Medical and sanitary report on the native army of Bombay for the year
Year: 1877
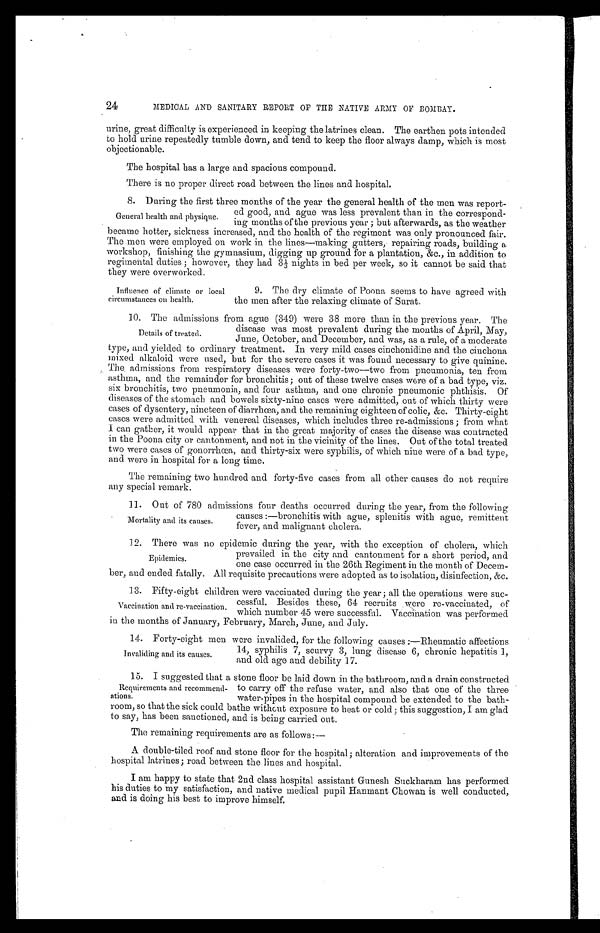
24
MEDICAL AND SANITARY REPORT OF THE NATIVE ARMY OF BOMBAY.
urine, great difficulty is experienced in keeping the latrines clean. The earthen pots intended
to hold urine repeatedly tumble down, and tend to keep the floor always damp, which is most
objectionable.
The hospital has a large and spacious compound.
There is no proper direct road between the lines and hospital.
8. During the first three months of the year the general health of the men was report
-ed good, and ague was less prevalent than in the correspond
-ing months of the previous year ; but afterwards, as the weather
became hotter, sickness increased, and the health of the regiment was only pronounced fair.
The men were employed on work in the lines—making gutters, repairing roads, building a
workshop, finishing the gymnasium, digging up ground for a plantation, &c., in addition to
regimental duties ; however, they had 31/3 nights in bed per week, so it cannot be said that
they were overworked.
General health and physique.
Influence of climate or local
circumstances on health.
9. The dry climate of Poona seems to have agreed with
the men after the relaxing climate of Surat.
10. The admissions from ague (349) were 38 more than in the previous year. The
disease was most prevalent during the months of April, May,
June, October, and December, and was, as a rule, of a moderate
type, and yielded to ordinary treatment. In very mild cases cinchonidine and the cinchona
mixed alkaloid were used, but for the severe cases it was found necessary to give quinine.
The admissions from respiratory diseases were forty-two—two from pneumonia, ten from
asthma, and the remainder for bronchitis; out of these twelve cases were of a bad type, viz.
six bronchitis, two pneumonia, and four asthma, and one chronic pneumonic phthisis. Of
diseases of the stomach and bowels sixty-nine cases were admitted, out of which thirty were
cases of dysentery, nineteen of diarrhœa, and the remaining eighteen of colic, &c. Thirty-eight
cases were admitted with venereal diseases, which includes three re-admissions ; from what
I can gather, it would appear that in the great majority of cases the disease was contracted
in the Poona city or cantonment, and not in the vicinity of the lines. Out of the total treated
two were cases of gonorrhœa, and thirty-six were syphilis, of which nine were of a bad type,
and were in hospital for a long time.
The remaining two hundred and forty-five cases from all other causes do not require
any special remark.
1 1 . O u t o f 7 8 0 a d m i s s i o n s f o u r d e a t h s o c c u r r e d d u r i n g t h e y e a r , f r o m t h e f o l l o w i n g
causes :—bronchitis with ague, splenitis with ague, remittent
fever, and malignant cholera.
12. There was no epidemic during the year, with the exception of cholera, which
prevailed in the city and cantonment for a short period, and
one case occurred in the 26th Regiment in the month of Decem
-ber, and ended fatally. All requisite precautions were adopted as to isolation, disinfection, &c.
13. Fifty-eight children were vaccinated during the year ; all the operations were suc
-cessful. Besides these, 64 recruits were re-vaccinated, of
which number 45 were successful. Vaccination was performed
in the months of January, February, March, June, and July.
1 4 . F o r t y - e i g h t m e n w e r e i n v a l i d e d , f o r t h e f o l l o w i n g c a u s e s : — R h e u m a t i c a f f e c t i o n s
14, syphilis 7, scurvy 3, lung disease 6, chronic hepatitis 1,
and old age and debility 17.
15. I suggested that a stone floor be laid down in the bathroom, and a drain constructed
to carry off the refuse water, and also that one of the three
water-pipes in the hospital compound be extended to the bath-
room, so that the sick could bathe without exposure to heat or cold ; this suggestion, I am glad
to say, has been sanctioned, and is being carried out.
The remaining requirements are as follows:—
A double-tiled roof and stone floor for the hospital; alteration and improvements of the
hospital latrines; road between the lines and hospital.
I am happy to state that 2nd class hospital assistant Gunesh Suckharam has performed
his duties to my satisfaction, and native medical pupil Hanmant Chowan is well conducted,
and is doing his best to improve himself.
Details of treated.
Mortality and its causes.
Epidemics.
Vaccination and re-vaccination.
Invaliding and its causes.
Requirements and recommend-
-ations.